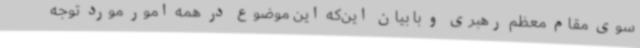
سوی مقام معظم رهبری و با بیان این‌که این موضوع در همه امور مورد توجه